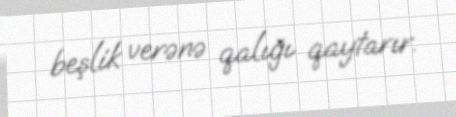
beşlik verənə qalığı qaytarır.